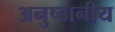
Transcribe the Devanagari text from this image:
अनुष्ठानीय